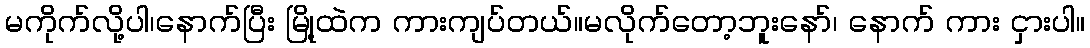
မကိုက်လို့ပါ၊နောက်ပြီး မြို့ထဲက ကားကျပ်တယ်။မလိုက်တော့ဘူးနော်၊ နောက် ကား ငှားပါ။